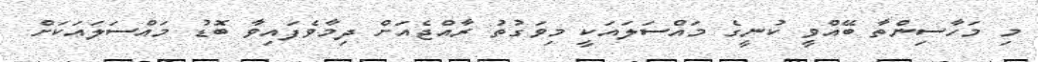
މި މަހާސިންތާ ބޭއްވީ ކުނީގެ މައްސަލައަކީ މިވަގުތު ރާއްޖެއަށް ދިމާވެފައިވާ ބޮޑު މައްސަލައަކަށް